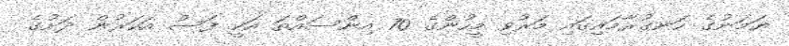
ޔަމަނުގެ ހަނގުރާމައިގައި މަރުވި މީހުންގެ 70 އިންސައްތަ އަކީ ފަސް އަހަރުން ދަށުގެ